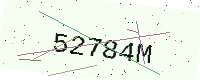
Text: 52784M